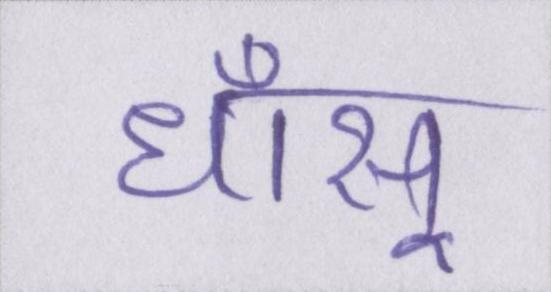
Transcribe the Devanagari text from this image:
धाँसू